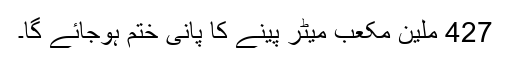
427 ملین مکعب میٹر پینے کا پانی ختم ہوجائے گا۔